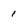
Character: i